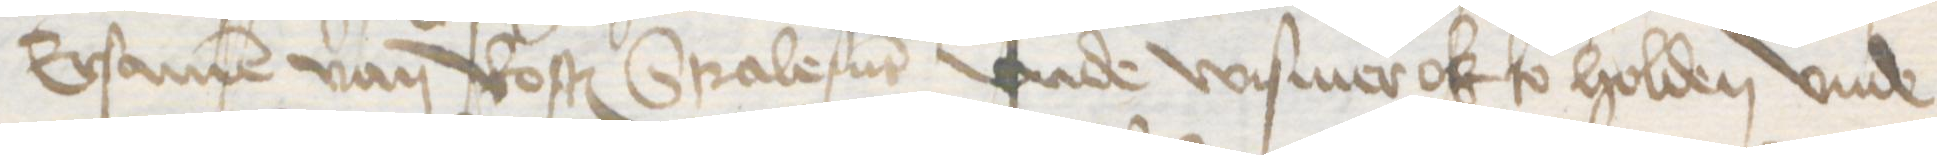
Ersamen van Rostock Stralesunt vnde Wismer ok so holden vnde